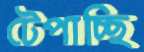
টেপাচ্ছি